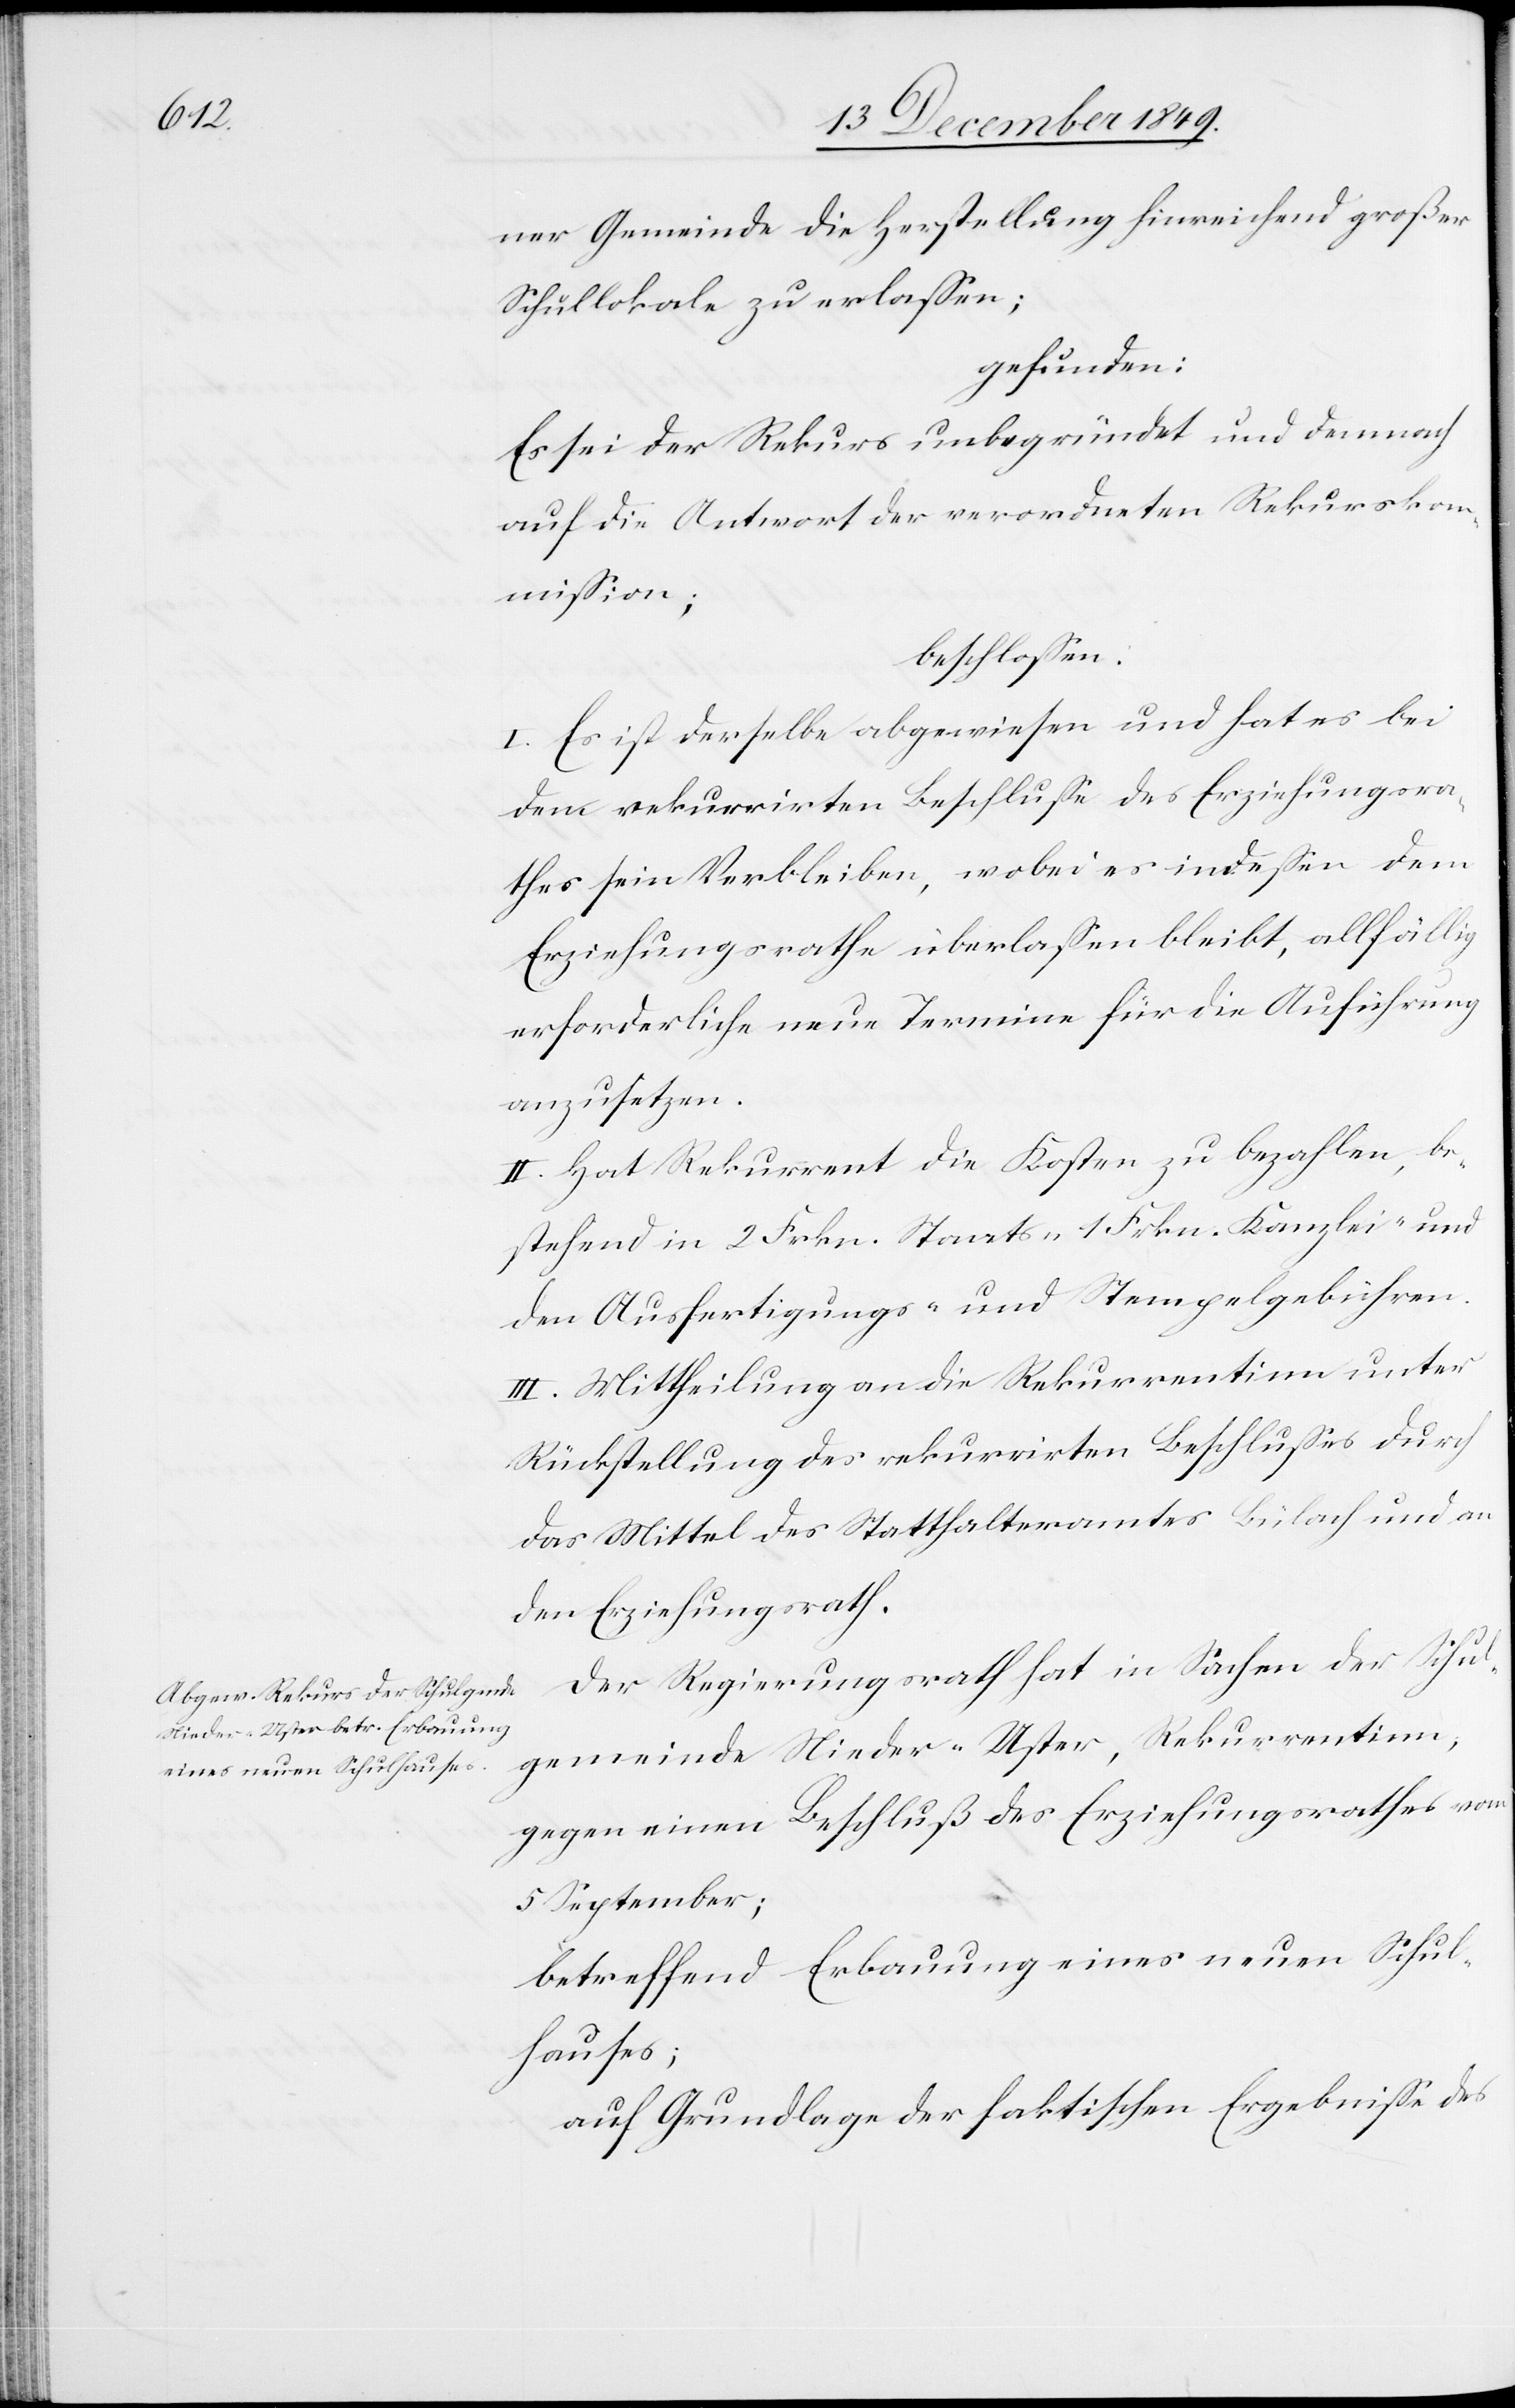
ner Gemeinde die Herstellung hinreichend großer
Schullokale zu erlaßen;
gefunden:
Es sei der Rekurs unbegründet und demnach
auf die Antwort der verordneten Rekurskom¬
mißion;
beschloßen:
I. Es ist derselbe abgewiesen und hat es bei
dem rekurrirten Beschluße des Erziehungsra¬
thes sein Verbleiben, wobei es indeßen dem
Erziehungsrathe überlaßen bleibt, allfällig
erforderliche neue Termine für die Aufführung
anzusetzen.
II. Hat Rekurrent die Kosten zu bezahlen, be¬
stehend in 2 Frkn. Staats 1 Frkn. Kanzlei- und
den Ausfertigungs- u. Stempelgebühren.
III. Mittheilung an die Rekurrentinn unter
Rückstellung des rekurrirten Beschlußes durch
das Mittel des Statthalteramtes Bülach und an
den Erziehungsrath.
Der Regierungsrath hat in Sachen der Schul¬
gemeinde Nieder-Uster, Rekurrentinn,
gegen einen Beschluß des Erziehungsrathes vom
5 September;
betreffend Erbauung eines neuen Schul¬
hauses;
auf Grundlage der faktischen Ergebniße des